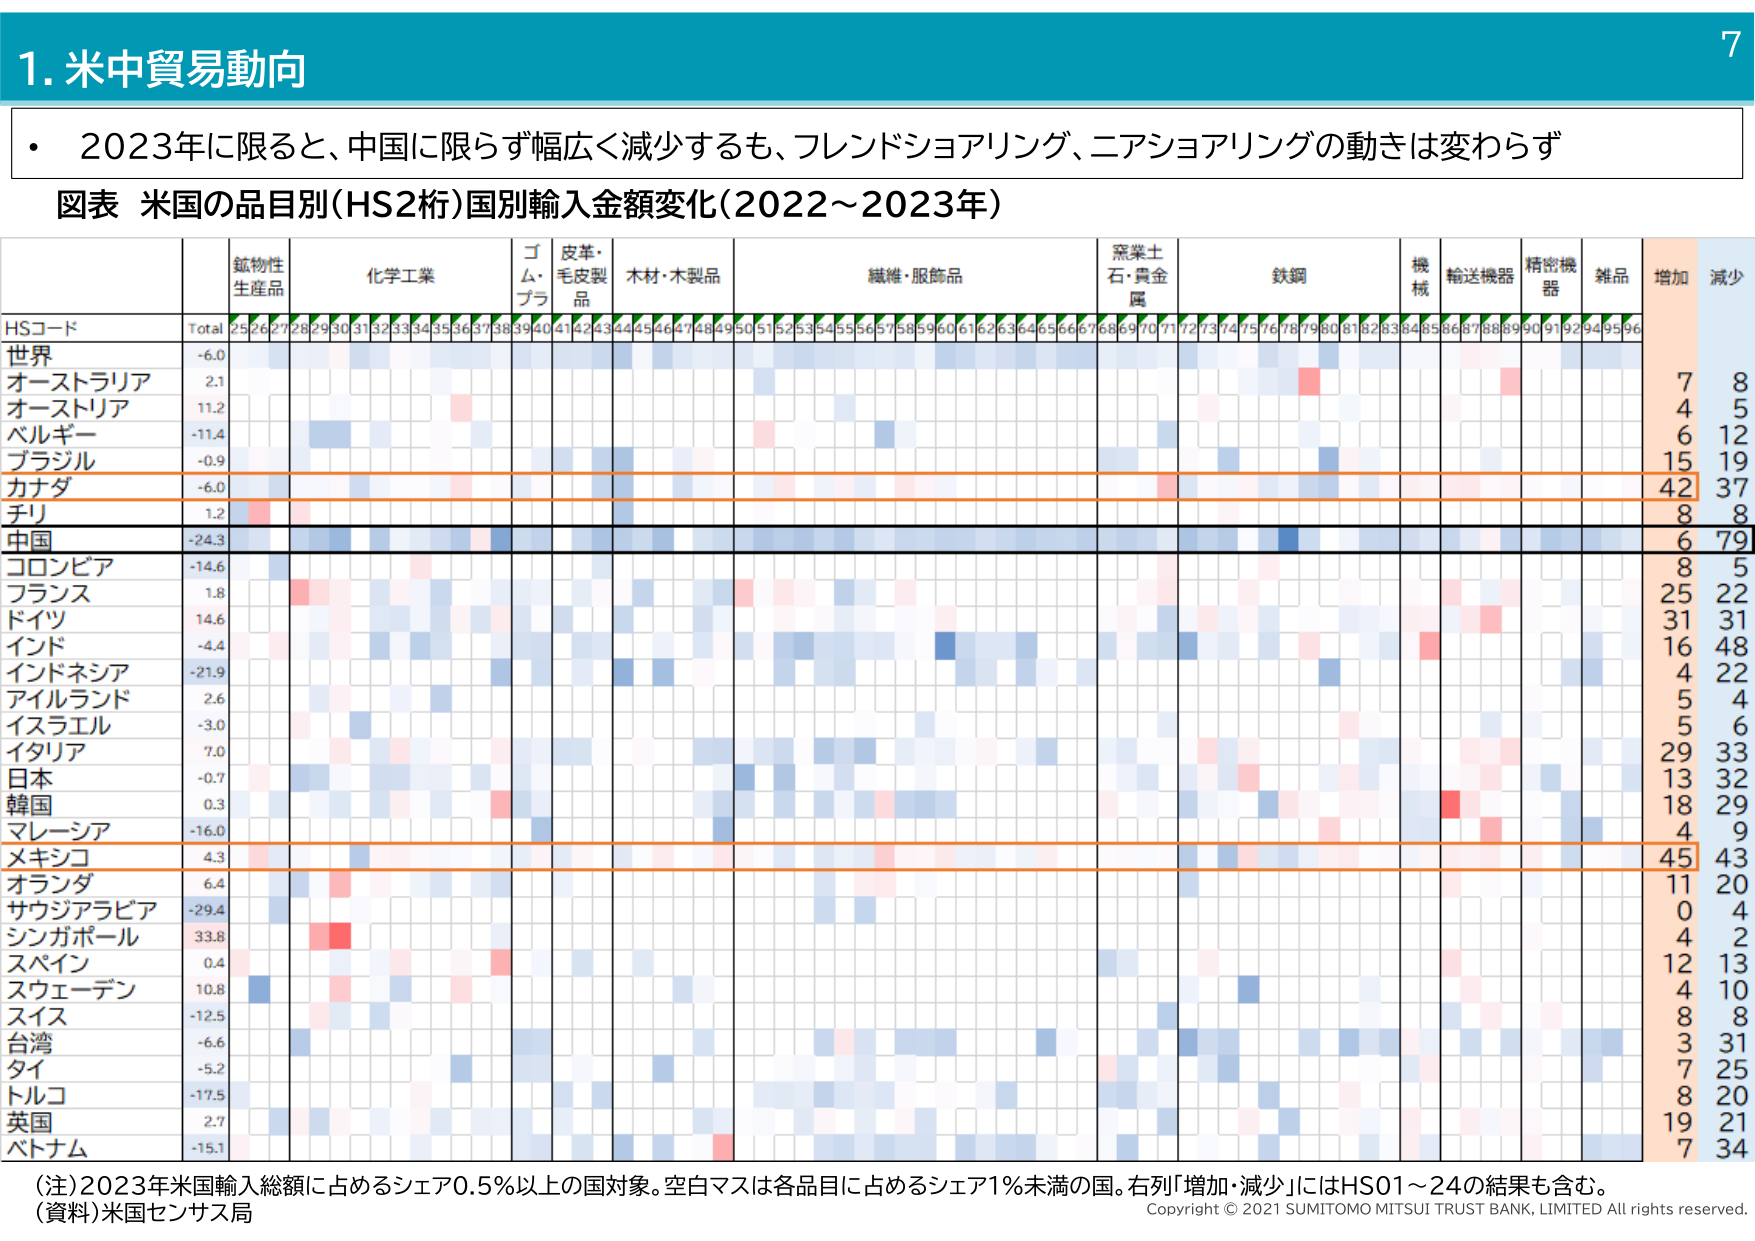
1. 米中貿易動向

・2023年に限ると、中国に限らず幅広く減少するも、フレンドショアリング、ニアショアリングの動きは変わらず

図表 米国の品目別(HS2桁)国別輸入金額変化(2022～2023年)

HSコード Total 25 26 27 28 29 30 31 32 33 34 35 36 37 38 39 40 41 42 43 44 45 46 47 48 49 50 51 52 53 54 55 56 57 58 59 60 61 62 63 64 65 66 67 68 69 70 71 72 73 74 75 76 78 79 80 81 82 83 84 85 86 87 88 89 90 91 92 94 95 96 増加 減少
世界 -6.0 7 8
オーストラリア 2.1 4 5
オーストリア 11.2 6 12
ベルギー -11.4 15 19
ブラジル -0.9 42 37
カナダ -6.0 8 8
チリ 1.2 6 79
中国 -24.3 8 5
コロンビア -14.6 25 22
フランス 1.8 31 31
ドイツ 14.6 16 48
インド -4.4 4 22
インドネシア -21.9 5 2
アイルランド 2.6 5 6
イスラエル -3.0 29 33
イタリア 7.0 13 32
日本 -0.7 18 29
韓国 0.3 4 9
マレーシア -16.0 45 43
メキシコ 4.3 11 20
オランダ 6.4 0 4
サウジアラビア -29.4 4 2
シンガポール 33.8 12 13
スペイン 0.4 4 10
スウェーデン 10.8 8 8
スイス -12.5 3 31
台湾 -6.6 7 25
タイ -5.2 8 20
トルコ -17.5 19 21
英国 2.7 7 34
バハマ -15.1

（注）2023年米国輸入総額に占めるシェア0.5％以上の国対象。空白マスは各品目に占めるシェア1％未満の国。右列「増加・減少」にはHS01～24の結果も含む。
（資料）米国センサス局

Copyright © 2021 SUMITOMO MITSUI TRUST BANK, LIMITED All rights reserved.

7

鉱物性
生産品
化学工業
ゴム・
プラ
皮革・
毛皮製
品
木材・木製品
繊維・服飾品
窯業土
石・貴金
属
鉄鋼
機械
輸送機器
精密機器
雑品